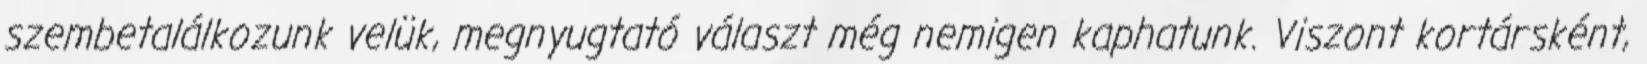
szembetalálkozunk velük, megnyugtató választ még nemigen kaphatunk. Viszont kortársként,